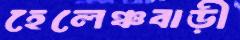
হেলেঞ্চবাড়ী